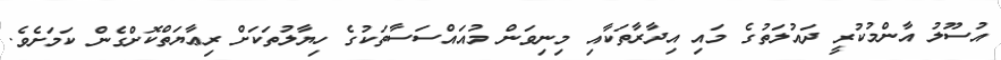
އުސޫލު އާންމުކުރީ ދައުލަތުގެ މައި އިދާރާތަކާއި މިނިވަން މުއައްސަސާތަކުގެ ހިޔާލުތަކަށް ރިޢާޔަތްކޮށްގެން ކަމަށެވެ.